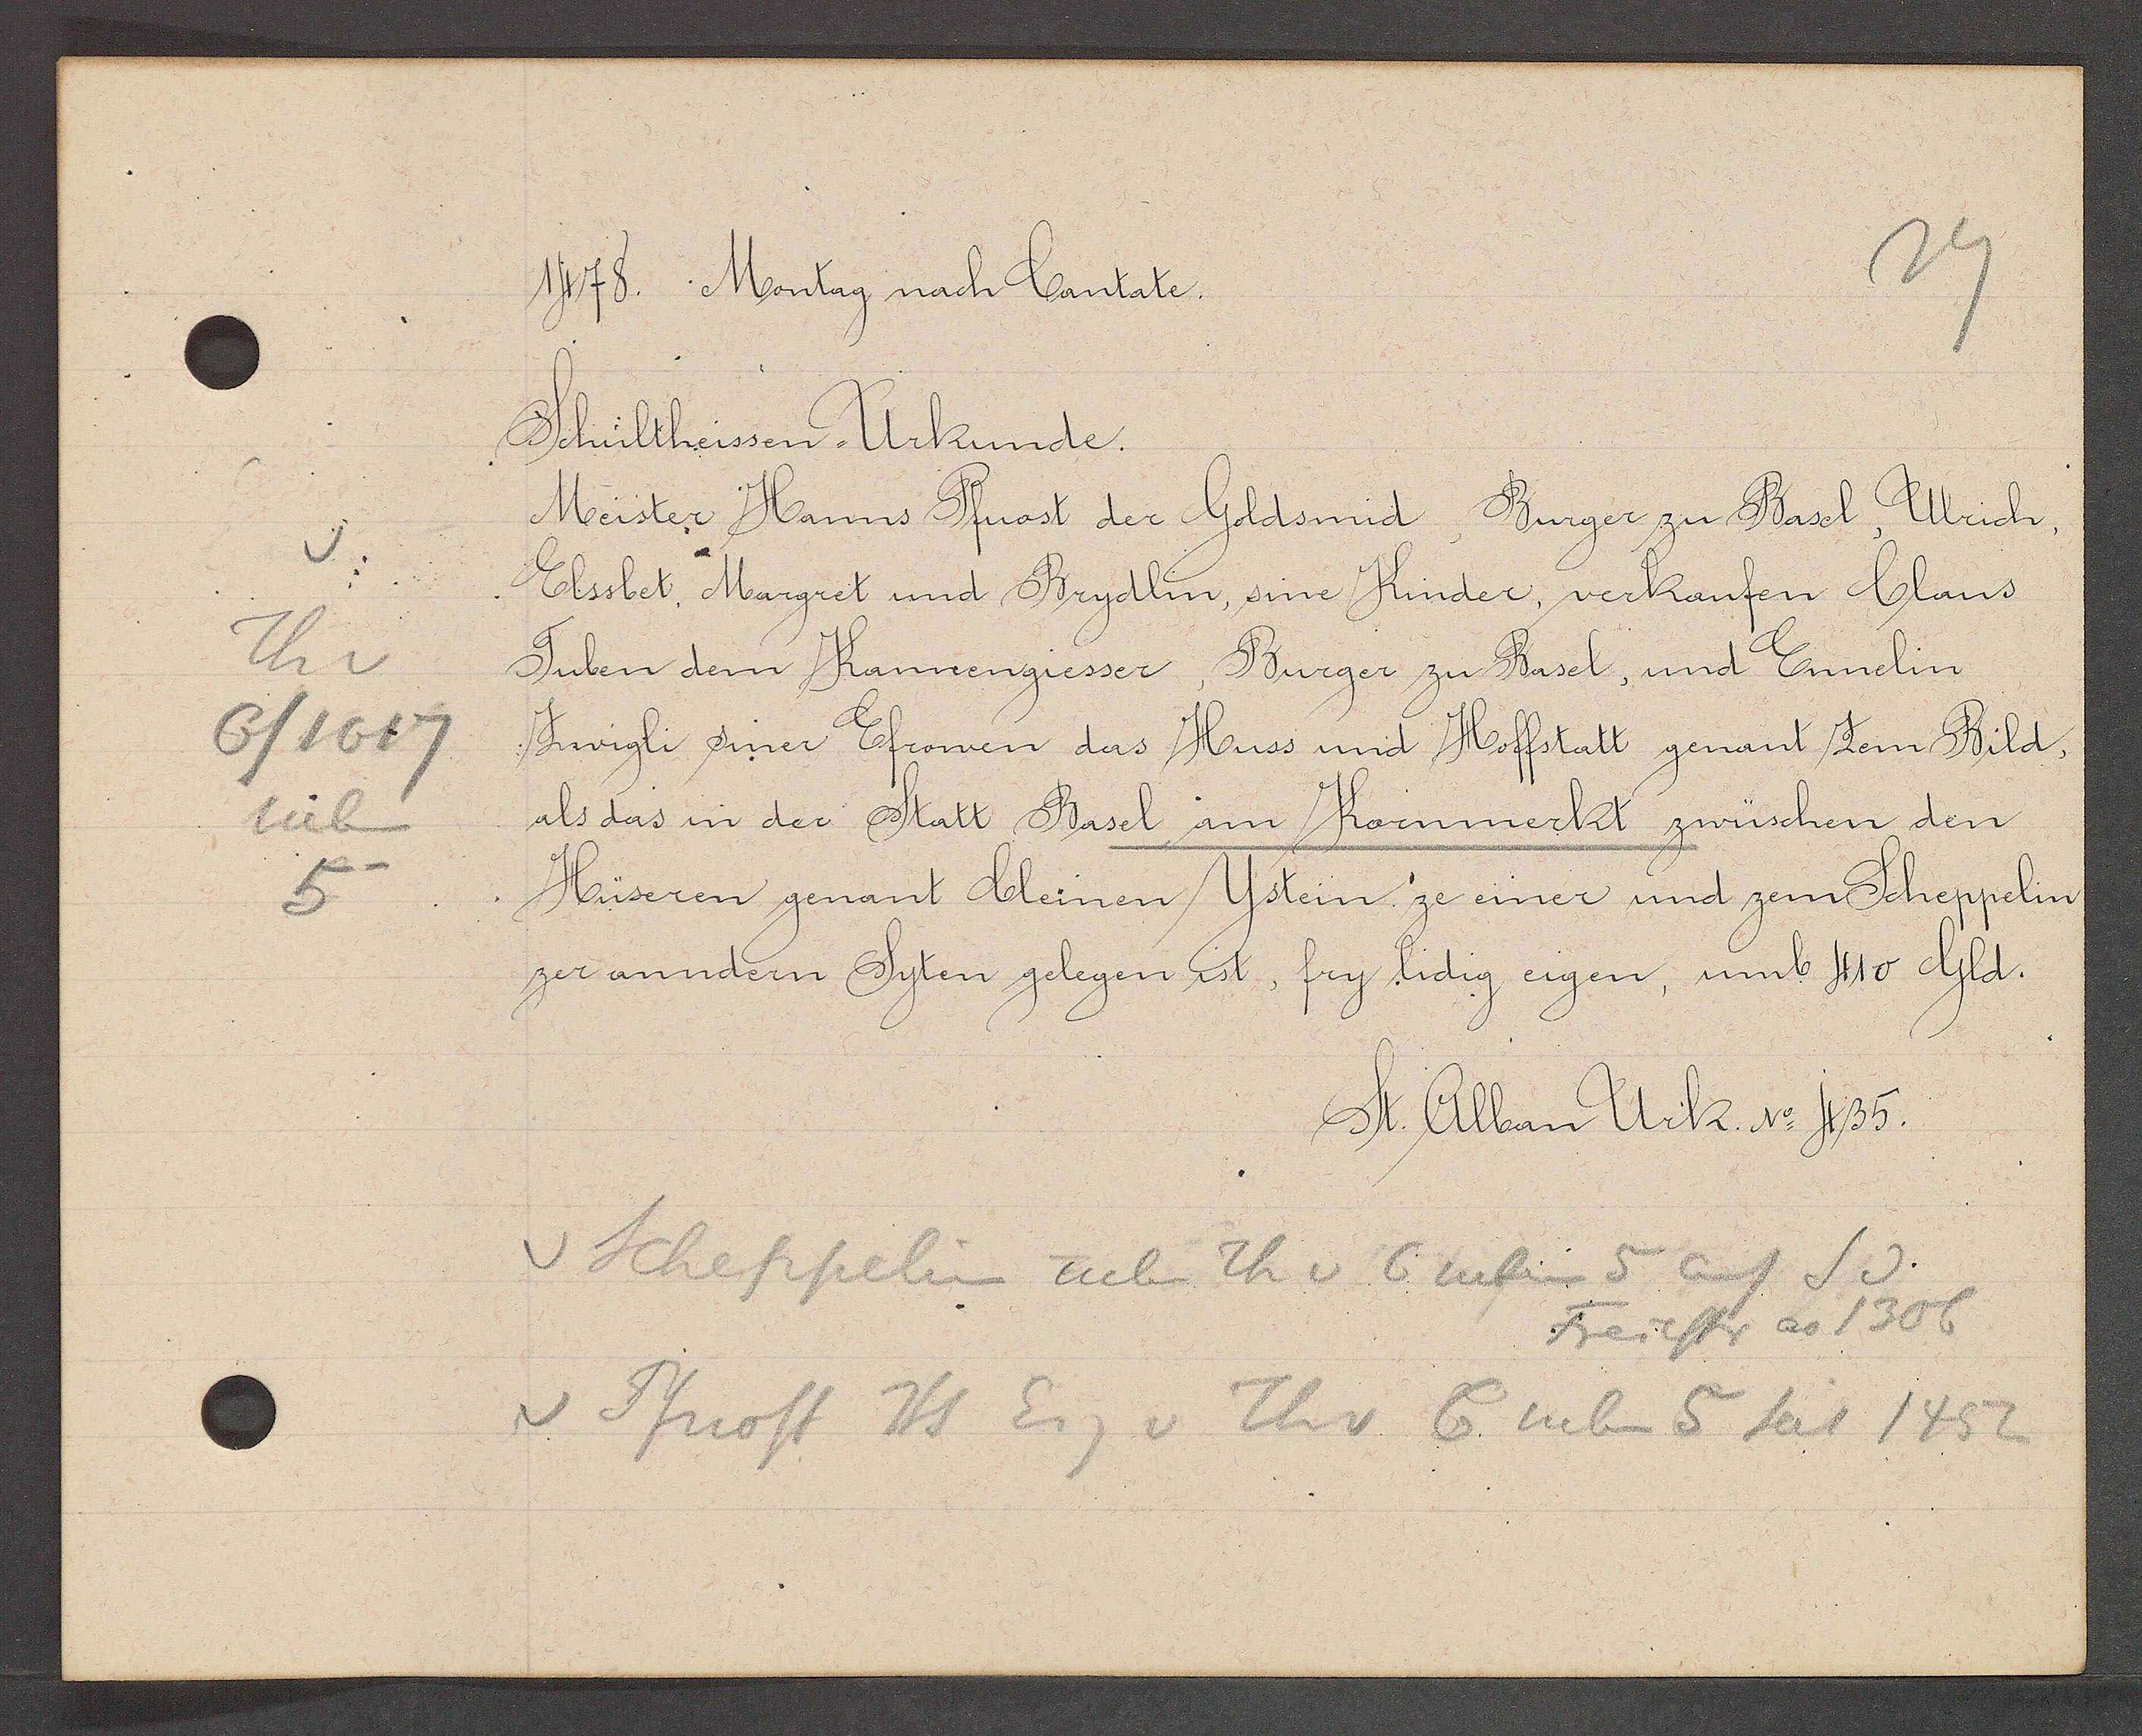
Transcript:
v.
Th v
6/1617
neben
5

1478. Montag nach Cantate.

Schultheissen Urkunde.
Meister Hanns Pfuost der Goltsmid, Burger zu Basel, Ulrich,
Elssbet, Margret und Brydlin, sine Kinder, verkaufen Claus
Tuben dem Kannengiesser, Burger zu Basel, und Ennelin
Zwigli siner Efrowen das Huss und Hoffstatt genant Zem Bild,
als das in der Statt Basel am Kornmerkt zwüschen den
Hüseren genant Cleinen Ystein ze einer und zem Scheppelin
zer anndern Syten gelegen ist, fry lidig eigen, umb 410 Gld.

St. Alban Urk. No 435.

v Scheppelin neben Th v 6 neben 5 auf S v.
Freiestr ao 1306
v Pfuost Hs Eig v Thv 6 neben 5 seit 1452